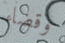
وقضاء